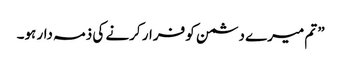
” تم میرے دشمن کو فرار کرنے کی ذمہ دار ہو۔